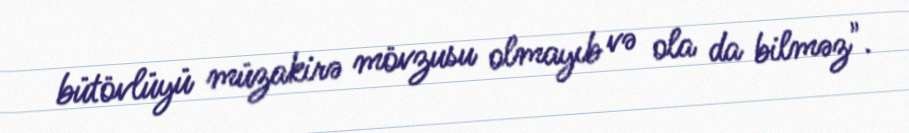
bütövlüyü müzakirə mövzusu olmayıb və ola da bilməz".